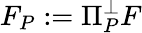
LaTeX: F_{P}:=\Pi_{P}^{\perp}F